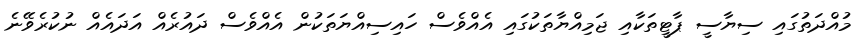
މުއްދަތުގައި ސިޔާސީ ޕާޓީތަކާއި ޖަމިއްޔާތަކުގައި އެއްވެސް ހައިިސިއްޔަތަކުން އެއްވެސް ދައުރެއް އަދައެއް ނުކުރެވޭނެ